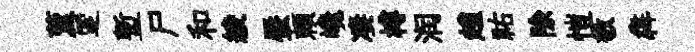
藑覂塹尸和綾蜃頼巉凄樽润趙祐除愷敬犇